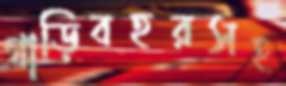
গাড়িবহরসহ